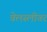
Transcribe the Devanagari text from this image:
वेलस्लीवर